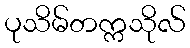
ပုသိမ်တက္ကသိုလ်